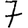
Digit: 7